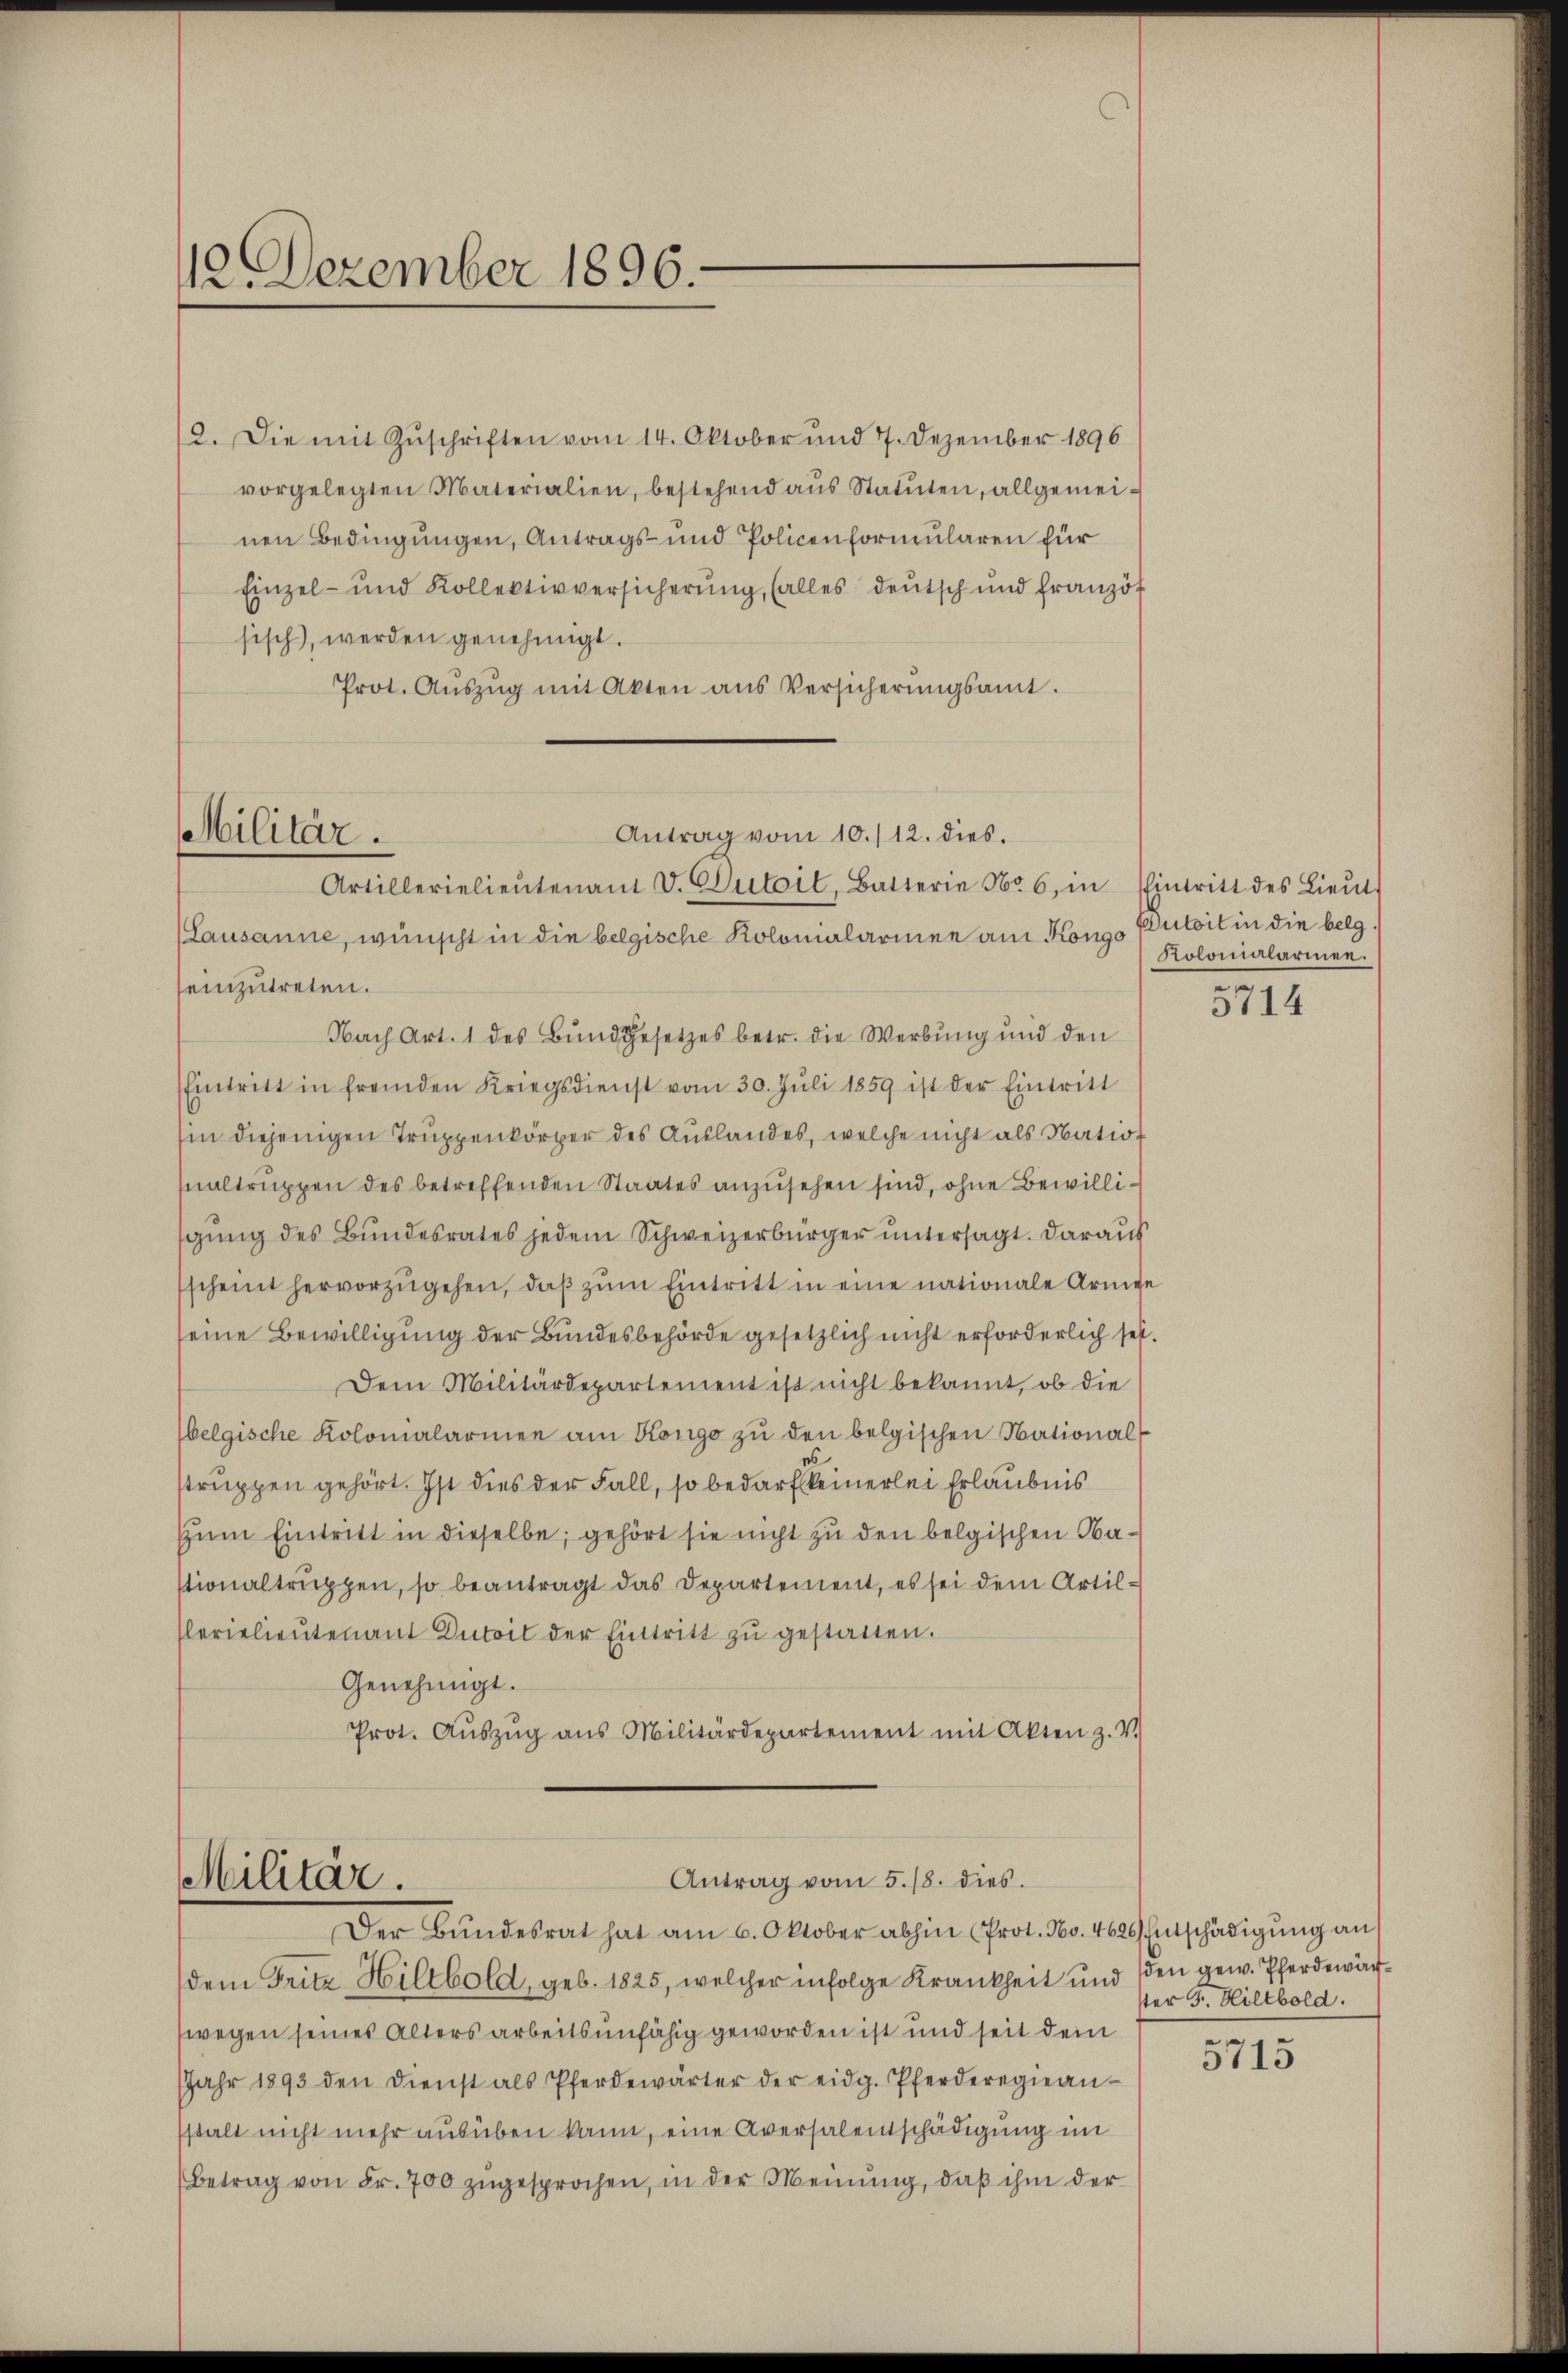
12. Dezember 1896.

12. Die mit Zŭschriften vom 14. Oktober und 7. Dezember 1896
vorgelegten Materialien, bestehend aŭs Statuten, allgemeinen Bedingungen, Antrags- und Policenformularen für
Einzel- und Kollektivversicherung, (alles deutsch und französ
sisch), werden genehmigt.
Prot. Aŭszŭg mit Akten aus Versicherŭngsamt.

Antrag vom 10./12. dies.
Militär.
Artillerielieŭtenant V. Detail, Batterie 156, in Eintritt des Lieŭt.

(Lausanne, wünscht in die belgische Kolonialarmen am Kongo Putoit in die belgseinzutreten.
Nach Art. 1 des Bund gesetzes betr. die Werbung und den
Eintritt in fremden Kriegsdienst vom 30. Jŭli 1859 ist der Eintritt
hin diejenigen Truppenkörper des Auslandes, welche nicht als Nation
ualtruppen des betreffenden Staates anzusehen sind, ohne Bewillisgung des Bundesrates jedem Schweizerbürger untersagt. Daraus
scheint hervorzŭgehen, daβ zŭm Eintritt in eine nationale Armen
seine Bewilligung der Bundesbehörde gesetzlich nicht erforderlich sei.
Dem Militärdepartement ist nicht bekannt, ob die
belgische Kolonialarmen am Kongo zu den belgischen Nationalstruppen gehört. Ist dies der Fall, so bedarf keinerlei Erlaubnis
Zum Eintritt in dieselbe, gehört sie nicht zu den belgischen Nastionaltruppen, so beantragt das Departement, es sei dem Artil¬
Clerielieutenant Duboil der Eintritt zu gestatten.
Genehmigt.
Prot. Aŭszŭg ans Militärdepartement mit Akten z. V.

Antrag vom 5. 18. dies
Militär.
Der Bundesrat hat am 6. Oktober abhin (Prot. No. 462. Entschädigung an

dem Fritz Hiltbold, geb. 1825, welcher infolge Krankheit und den gew. Pferdewärwegen seines Alters arbeitsunfähig geworden ist und seit dein
Jahr 1893 den Dienst als Pferdewärter der eidg. Pferderegiean-
stalt nicht mehr ausüben kann, eine Aversalentschädigung im
Betrag von Fr. 700 zugesprochen, in der Meinung, daß ihm der

Kolonialarinen.

5714

ster F. Hiltbold.

5715